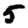
Digit: 5